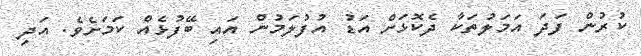
ކުރުން ފަދަ އަމަލުތަކާ ދެކޮޅަށް އަޑު އުފުލަމުން އައި ބޭފުޅެއް ކަމަށެވެ. އަދި